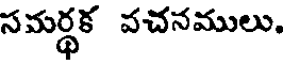
సమర్థక వచనములు.